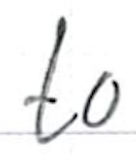
Text: to
Cross-out: clean
Writing tool: ballpoint